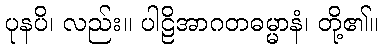
ပုနပိ၊ လည်း။ ပါဠိအာဂတဓမ္မာနံ၊ တို့၏။